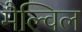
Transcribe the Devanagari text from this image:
मैल्विल